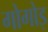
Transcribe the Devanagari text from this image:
गोगोइ